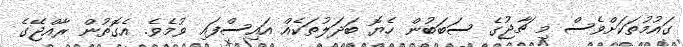
ގައުމުތަކަށްވެސް މި ޗާޖުގެ ސަބަބުން ހެޔޮ ބަދަލުތަކެއް އައިސްފައި ވުމެވެ. އެގޮތުން ރާއްޖޭގެ